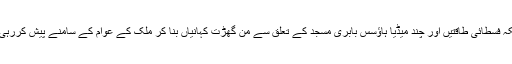
کیونکہ فسطائی طاقتیں اور چند میڈیا ہاؤسس بابری مسجد کے تعلق سے من گھڑت کہانیاں بنا کر ملک کے عوام کے سامنے پیش کررہی ہیں۔